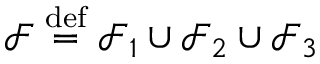
\mathcal { F } \overset { \mathrm { d e f } } { = } \mathcal { F } _ { 1 } \cup \mathcal { F } _ { 2 } \cup \mathcal { F } _ { 3 }